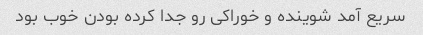
سریع آمد شوینده و خوراکی رو جدا کرده بودن خوب بود